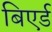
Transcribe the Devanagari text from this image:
बिएर्ड